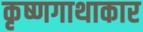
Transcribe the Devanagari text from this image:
कृष्णगाथाकार